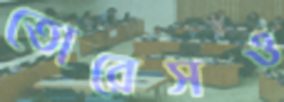
তোরেসও